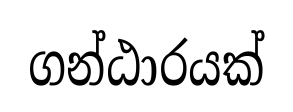
ගන්ඨාරයක්